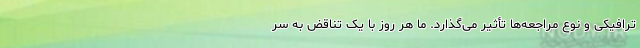
ترافیکی و نوع مراجعه‌ها تأثیر می‌گذارد. ما هر روز با یک تناقض به سر